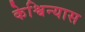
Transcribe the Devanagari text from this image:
केश्विन्यास